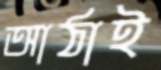
আঠাই